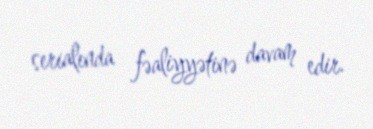
serialında fəaliyyətinə davam edir.